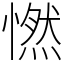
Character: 㦓